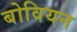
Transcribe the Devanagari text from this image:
बोवियन